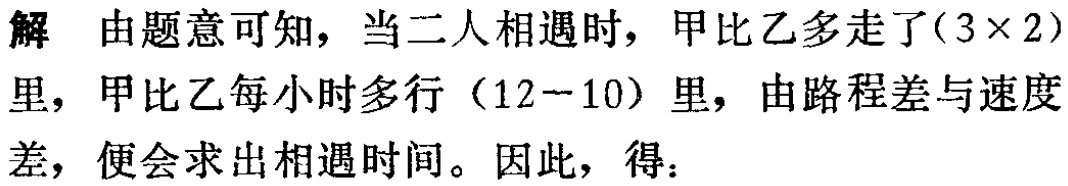
解 由题意可知，当二人相遇时，甲比乙多走了\((3\times 2)\)里，甲比乙每小时多行\((12 - 10)\)里，由路程差与速度差，便会求出相遇时间。因此，得：